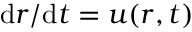
\mathrm { d } \boldsymbol { r } / \mathrm { d } t = \boldsymbol { u } ( \boldsymbol { r } , t )